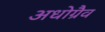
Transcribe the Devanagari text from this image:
अधोग्रैव